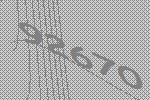
92670